Medical and sanitary report of the native army of Madras for the year
Year: 1875
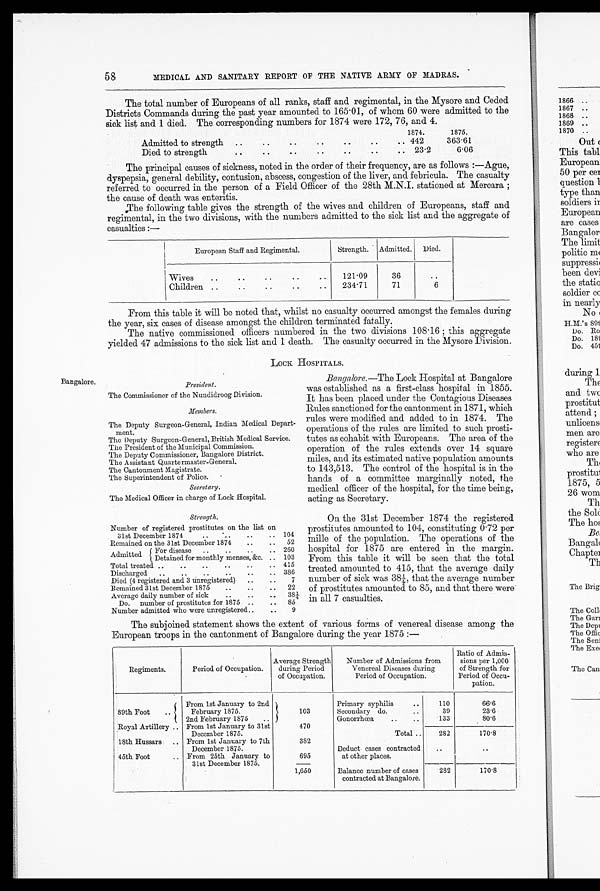
58
MEDICAL AND SANITARY REPORT OF THE NATIVE ARMY OF MADRAS.
The total number of Europeans of all ranks, staff and regimental, in the Mysore and Ceded
Districts Commands during the past year amounted to 165.01, of whom 60 were admitted to the
sick list and 1 died. The corresponding numbers for 1874 were 172, 76, and 4.
1874.
1875.
Admitted to strength ..
..
..
..
..
..
.. 442
363.61
Died to strength
..
..
..
..
..
..
.. 23.2
6.06
The principal causes of sickness, noted in the order of their frequency, are as follows :—Ague,
dyspepsia, general debility, contusion, abscess, congestion of the liver, and febricula. The casualty
referred to occurred in the person of a Field Officer of the 28th M.N.I. stationed at Mercara ;
the cause of death was enteritis.
The following table gives the strength of the wives and children of Europeans, staff and
regimental, in the two divisions, with the numbers admitted to the sick list and the aggregate of
casualties :—
European Staff and Regimental.
Strength. Admitted. Died.
Wives
..
.. ..
..
121.09
36
..
Children .. ..
234.71
71
6
From this table it will be noted that, whilst no casualty occurred amongst the females during
the year, six cases of disease amongst the children terminated fatally.
The native commissioned officers numbered in the two divisions 108.16 ; this aggregate
yielded 47 admissions to the sick list and 1 death. The casualty occurred in the Mysore Division.
Lock HOSPITALS.
Bangalore.—The Lock Hospital at Bangalore
was established as a first-class hospital in 1855.
It has been placed under the Contagious Diseases
Rules sanctioned for the cantonment in 1871, which
rules were modified and added to in 1874. The
operations of the rules are limited to such prosti-
tutes as cohabit with Europeans. The area of the
operation of the rules extends over 14 square
miles, and its estimated native population amounts
to 143,513. The control of the hospital is in the
hands of a committee marginally noted, the
medical officer of the hospital, for the time being,
acting as Secretary.
On the 31st December 1874 the registered
prostitutes amounted to 104, constituting 0.72 per
mille of the population. The operations of the
hospital for 1875 are entered in the margin.
From this table it will be seen that the total
treated amounted to 415, that the average daily
number of sick was 381, that the average number
of prostitutes amounted to 85, and that there were'
in all 7 casualties.
The subjoined statement shows the extent of various forms of venereal disease among the
European troops in the cantonment of Bangalore during the year 1875 :—
Regiments.
Period of Occupation.
Average Strength
during Period
of Occupation.
Number of Admissions from
Venereal Diseases during
Period of Occupation.
Ratio of Admis
sions per 1,000
of Strength for
Period of Occu
pation.
From 1st January to 2nd
103
Primary syphilis
..
110
66.6
89th Foot
..
February 1875.
Secondary do.
..
39
23.6
2nd February 1875
..
Gonorrhoea
..
..
133
80.6
Royal Artillery .. From 1st January to 31st
December 1875.
470
Total ..
282
170.8
18th Hussars : .. From 1st January to 7th
382
December 1875.
Deduct cases contracted
..
..
45th Foot
.. From 25th January to
695
at other places.
31st December 1875.
—
1,650
Balance number of cases
contracted at Bangalore.
282
170-8
Bangalore.
President.
The Commissioner of the Nundidroog Division.
Members.
The Deputy Surgeon-General, Indian Medical Depart-
ment.
The Deputy Surgeon-General, British Medical Service.
The President of the Municipal Commission.
The Deputy Commissioner, Bangalore District.
The Assistant Quartermaster-General.
The Cantonment Magistrate.
The Superintendent of Police.
Secretary.
The Medical Officer in charge of Lock Hospital.
Strength.
Number of registered prostitutes on the list on
31st December 1874
..
. .. .. ..
104
Remained on the 31st December 1874
..
.. 52
Admitted For disease ..
..
..
..
Detained for monthly menses, &c. ..
260
103
Total treated ..
..
..
..
..
.. 415
Discharged ..
..
..
..
..
.. 386
Died (4 registered and 3 unregistered) ..
..
7
Remained 31st December 1875
..
..
.. 22
Average daily number of sick
..
..
..
3 8 ¼
Do. number of prostitutes for 1875 ..
.. 85
Number admitted who were unregistered..
..
9